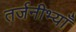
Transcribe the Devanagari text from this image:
तर्जनीभ्याँ